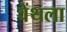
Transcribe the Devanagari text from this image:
वेंथला